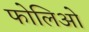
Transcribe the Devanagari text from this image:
फोलिओ